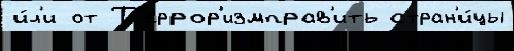
и́л'и от Т'еррор'измправ'ить стран'и́цы